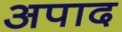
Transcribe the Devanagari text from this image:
अपाद